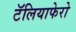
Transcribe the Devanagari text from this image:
टॅलियाफेरो